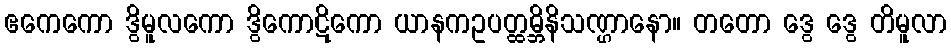
ဧကေကော ဒွိမူလကော ဒွိကောဋိကော ယာနကဥပတ္ထမ္ဘိနိသဏ္ဌာနော။ တတော ဒွေ ဒွေ တိမူလာ